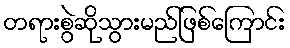
တရားစွဲဆိုသွားမည်ဖြစ်ကြောင်း